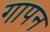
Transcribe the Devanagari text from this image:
गापन